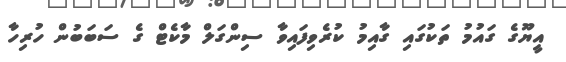
އީޔޫގެ ގައުމު ތަކުގައި ގާއިމު ކުރެވިފައިވާ ސިންގަލް މާކެޓް ގެ ސަބަބުން ހުރިހާ